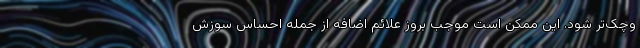
وچک‌تر شود. این ممکن است موجب بروز علائم اضافه از جمله احساس سوزش